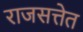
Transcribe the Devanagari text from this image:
राजसत्तेत